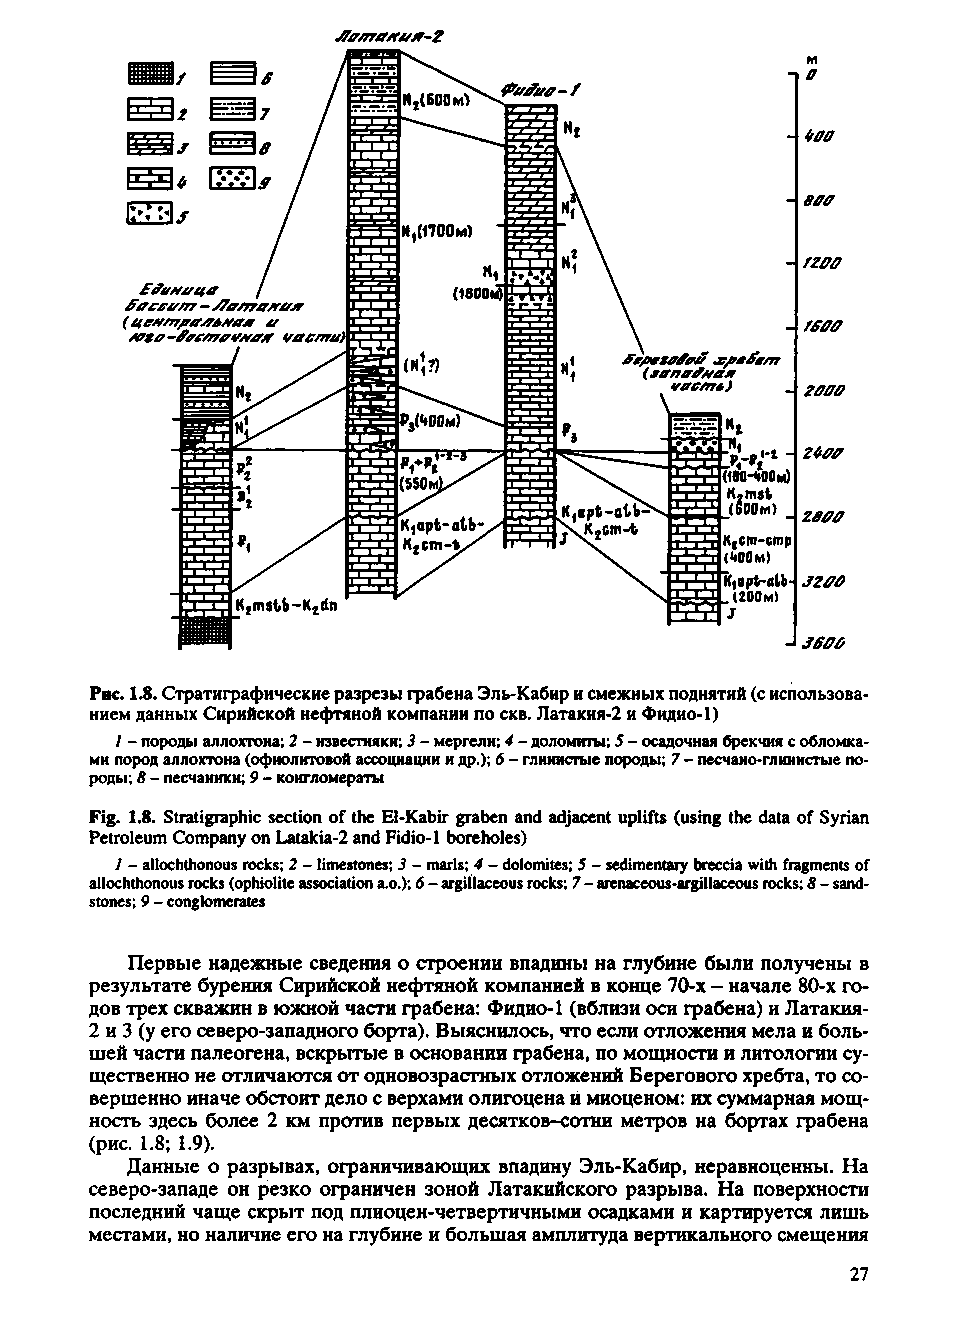
Ла/па*и/*-2
 - 400
 800
 /200
 /000
 SrpcxaJaa jc/>*0a/rr
 (jana0#aa
 vacm s)
 2000
 «-*• - 2400
 (Wo-tootO
 K2mst
 (600m) _
 2800
 KfCm-cmp
 (Шм)
 K|Qptratb- J200
 (200m)
 S60O
 Рис. 1.8. Стратиграфические разрезы грабена Эль-Кабир и смежных поднятий (с использова­
 нием данных Сирийской нефтяной компании по скв. Латакия-2 и Фидио-1)
 1 - породы аллохтона; 2 - известняки; 3 - мергели; 4 - доломиты; 5 - осадочная брекчия с обломка­
 ми пород аллохтона (офиолитовой ассоциации и др.); 6 - глинистые породы; 7 - песчано-глинистые по­
 роды; 8 - песчаники; 9 - конгломераты
 Fig. 1.8. Stratigraphic section of the El-Kabir graben and adjacent uplifts (using the data of Syrian
 Petroleum Company on Latakia-2 and Fidio-1 boreholes)
 1 - allochthonous rocks; 2 - limestones; 3 - marls; 4 - dolomites; 5 - sedimentary breccia with fragments of
 allochthonous rocks (ophiolite association a.o.); 6 - argillaceous rocks; 7 - arenaceous-argillaceous rocks; 8 - sand­
 stones; 9 - conglomerates
 Первые надежные сведения о строении впадины на глубине были получены в
 результате бурения Сирийской нефтяной компанией в конце 70-х - начале 80-х го­
 дов трех скважин в южной части грабена: Фидио-1 (вблизи оси грабена) и Латакия-
 2 и 3 (у его северо-западного борта). Выяснилось, что если отложения мела и боль­
 шей части палеогена, вскрытые в основании грабена, по мощности и литологии су­
 щественно не отличаются от одновозрастных отложений Берегового хребта, то со­
 вершенно иначе обстоит дело с верхами олигоцена и миоценом: их суммарная мощ­
 ность здесь более 2 км против первых десятков-сотни метров на бортах грабена
 (рис. 1.8; 1.9).
 Данные о разрывах, ограничивающих впадину Эль-Кабир, неравноценны. На
 северо-западе он резко ограничен зоной Латакийского разрыва. На поверхности
 последний чаще скрыт под плиоцен-четвертичными осадками и картируется лишь
 местами, но наличие его на глубине и большая амплитуда вертикального смещения
 27